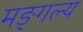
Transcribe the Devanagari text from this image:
मङ्गल्य